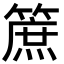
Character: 䉀